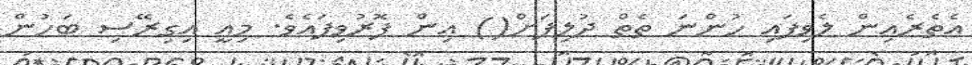
އެތެރެއިން ލެވިފައި ހުންނަ ތެތް ދުލިފަށް() އިން ފޮރުވިފައެވެ. މިއީ އިގިރޭސި ބަހުން